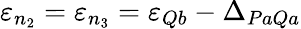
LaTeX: \varepsilon_{n_{2}}=\varepsilon_{n_{3}}=\varepsilon_{Qb}-\Delta_{PaQa}